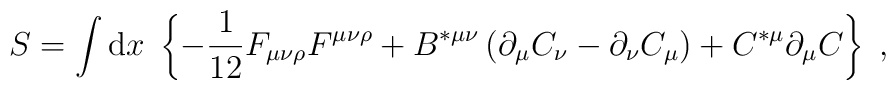
S  =  \int \mbox{d} x \; \left\{   - \frac{1}{12} F_{\mu \nu \rho} F^{\mu \nu \rho} +   B^{* \mu \nu} \left( \partial_{\mu} C_{\nu} -   \partial_{\nu} C_{\mu} \right) + C^{* \mu} \partial_{\mu} C \right\} \;,